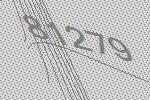
81279